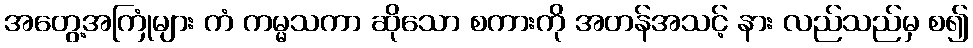
အတွေ့အကြုံများ ကံ ကမ္မသကာ ဆိုသော စကားကို အတန်အသင့် နား လည်သည်မှ စ၍